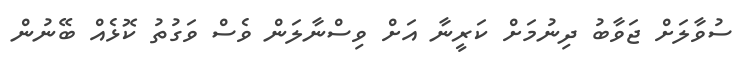
ސުވާލަށް ޖަވާބު ދިނުމަށް ކަރީނާ އަށް ވިސްނާލަން ވެސް ވަގުތު ކޮޅެއް ބޭނުން